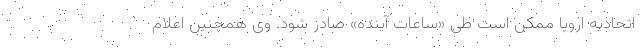
اتحادیه اروپا ممکن است طی «ساعات آینده» صادر شود. وی همچنین اعلام